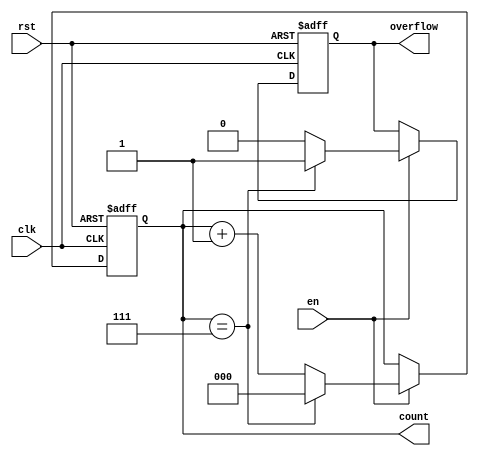
module modulus_counter #(
    parameter N = 8 // Modulus value (counter counts from 0 to N-1)
)(
    input wire clk,    // Clock input
    input wire rst,    // Asynchronous reset
    input wire en,     // Enable signal
    output reg [$clog2(N)-1:0] count, // Count output
    output reg overflow // Overflow indicator
);
    
    // Synchronous logic for counting
    always @(posedge clk or posedge rst) begin
        if (rst) begin
            count <= 0;         // Reset count to 0
            overflow <= 0;      // Clear overflow indicator
        end else if (en) begin
            if (count == N-1) begin
                count <= 0;     // Reset to zero after reaching modulus
                overflow <= 1;   // Set overflow indicator
            end else begin
                count <= count + 1; // Increment count
                overflow <= 0;       // Clear overflow indicator
            end
        end
    end
    
endmodule